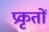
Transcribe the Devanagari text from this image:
प्रकृतों